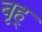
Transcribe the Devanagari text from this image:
बृह्